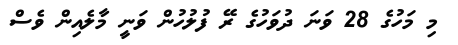
މި މަހުގެ 28 ވަނަ ދުވަހުގެ ރޭ ފުލުހުން ވަނީ މާލެއިން ވެސް